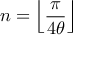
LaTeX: n = \left\lfloor { \frac { \pi } { 4 \theta } } \right\rfloor